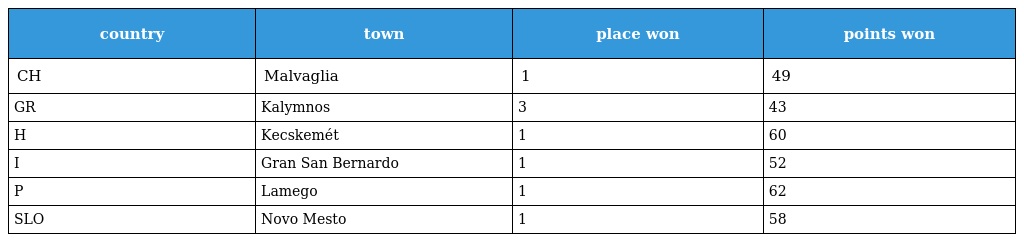
| country | town | place won | points won |
 | --- | --- | --- | --- |
 | CH | Malvaglia | 1 | 49 |
 | GR | Kalymnos | 3 | 43 |
 | H | Kecskemét | 1 | 60 |
 | I | Gran San Bernardo | 1 | 52 |
 | P | Lamego | 1 | 62 |
 | SLO | Novo Mesto | 1 | 58 |